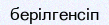
берілгенсіп